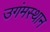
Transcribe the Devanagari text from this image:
उगंमस्थान